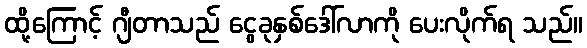
ထို့ကြောင့် ဂျီတာသည် ငွေခုနှစ်ဒေါ်လာကို ပေးလိုက်ရ သည်။